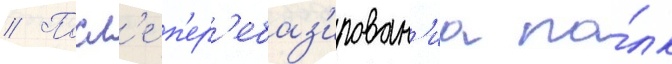
// Посл'е п'ер'ебаз'ирован'иа по́лк